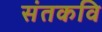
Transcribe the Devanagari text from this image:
संतकवि